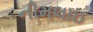
નીમલાઇ